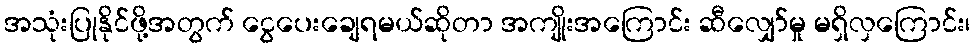
အသုံးပြုနိုင်ဖို့အတွက် ငွေပေးချေရမယ်ဆိုတာ အကျိုးအကြောင်း ဆီလျှော်မှု မရှိလှကြောင်း၊